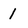
Character: 1